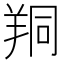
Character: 𦍻